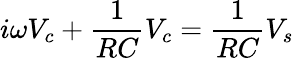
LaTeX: i\omega V_{c}+{\frac{1}{RC}}V_{c}={\frac{1}{RC}}V_{s}